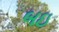
બઇ